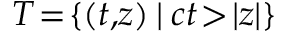
T \! = \! \{ ( t , \! z ) \: | \: c t \! > \! | z | \}